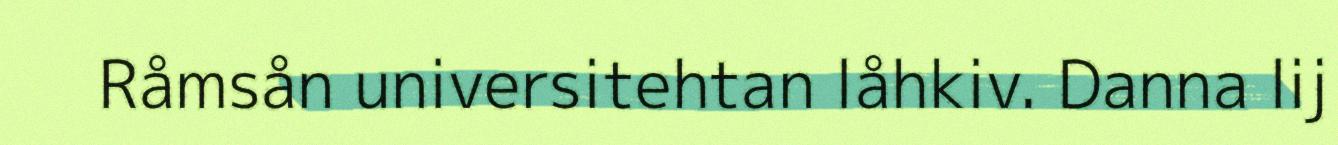
Råmsån universitehtan låhkiv. Danna lij